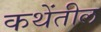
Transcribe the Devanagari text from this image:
कथेंतील